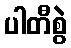
ပါတီစွဲ